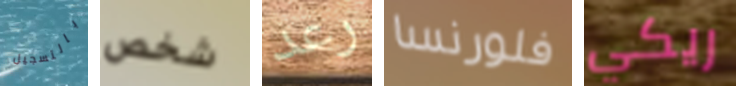
بالتسجيل شخص رعد فلورنسا ريكي